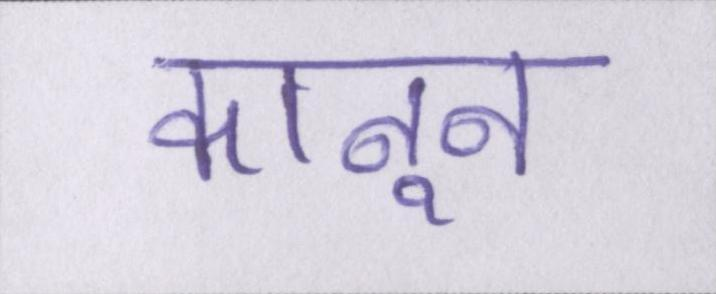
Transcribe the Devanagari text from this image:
कानून